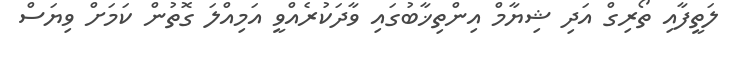
ލަތީފާއި ތޯރިގް އަދި ޝިޔާމް އިންތިޚާބުގައި ވާދަކުރެއްވީ އަމިއްލަ ގޮތުން ކަމަށް ވިޔަސް